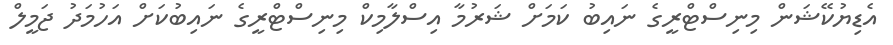
އެޑިޔުކޭޝަން މިނިސްޓްރީގެ ނައިބު ކަމަށް ޝަރުމާ އިސްލާމިކް މިނިސްޓްރީގެ ނައިބުކަަށް އަހުމަދު ޖަމީލް